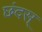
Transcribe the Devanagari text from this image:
छंदस्